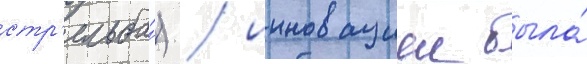
стр'ельба́) / инновациеи была́